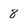
Character: 8